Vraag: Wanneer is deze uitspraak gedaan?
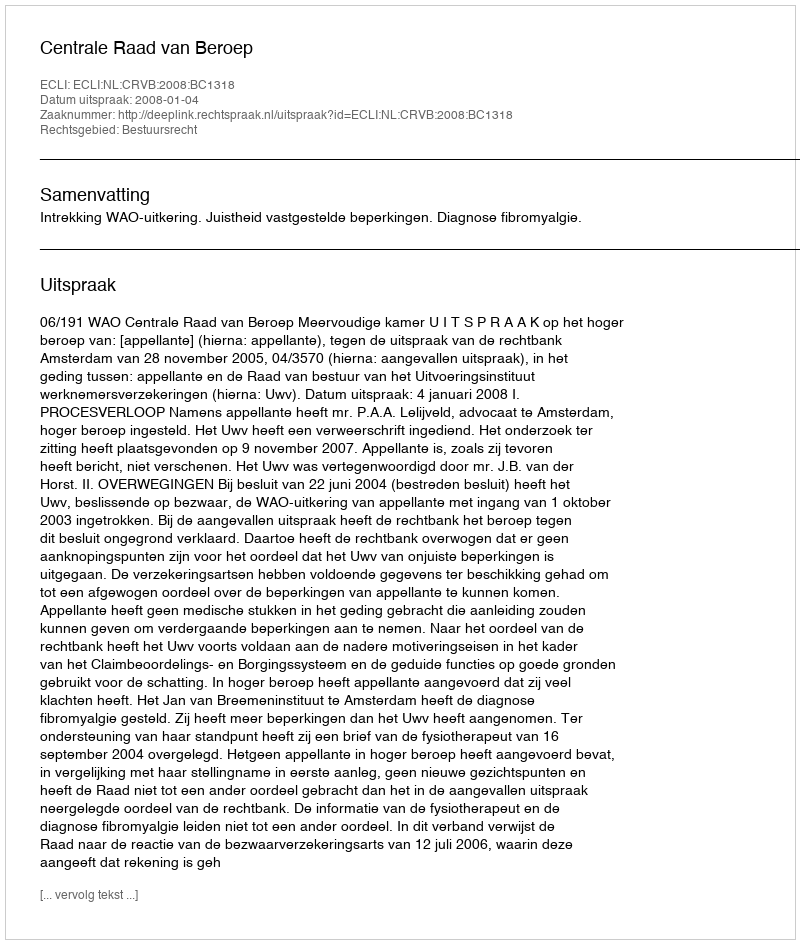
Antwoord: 2008-01-04